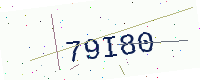
Text: 79I80